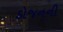
ડોજનની